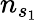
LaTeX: n_{s_{1}}